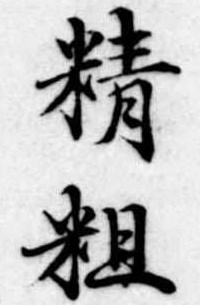
精粗